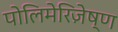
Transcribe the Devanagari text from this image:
पोलिमेरिज़ेष्ण